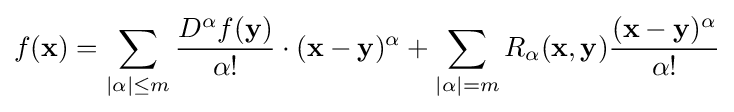
f({\mathbf {x} })=\sum _{|\alpha |\leq m}{\frac {D^{\alpha }f({\mathbf {y} })}{\alpha !}}\cdot ({\mathbf {x} }-{\mathbf {y} })^{\alpha }+\sum _{|\alpha |=m}R_{\alpha }({\mathbf {x} },{\mathbf {y} }){\frac {({\mathbf {x} }-{\mathbf {y} })^{\alpha }}{\alpha !}}